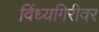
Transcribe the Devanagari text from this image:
विंध्यगिरीवर